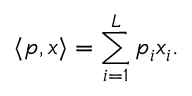
\langle p , x \rangle = \sum _ { i = 1 } ^ { L } p _ { i } x _ { i } .